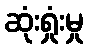
ဆုံးရှုံးမှု